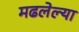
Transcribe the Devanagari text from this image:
मढलेल्या